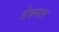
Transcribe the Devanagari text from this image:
डेवनल